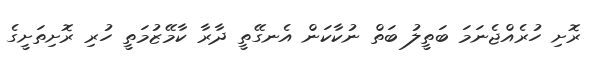
ރޮށި ހުރެއްޖެނަމަ ބަތީލު ބަތް ނުކާކަން އެނގޭތީ ދާރާ ކާމޭޒުމަތީ ހުރި ރޮށިތަށީގެ